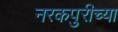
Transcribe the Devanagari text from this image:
नरकपुरीच्या